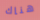
هناك